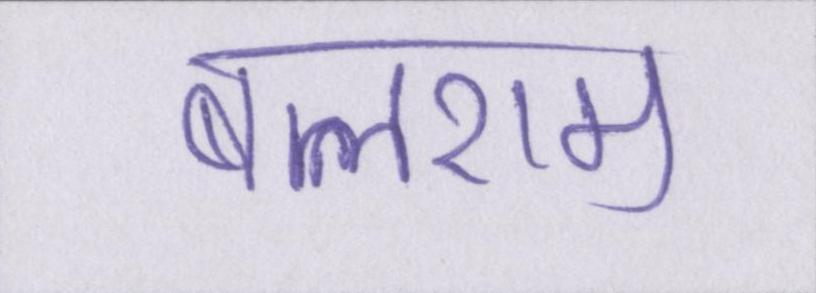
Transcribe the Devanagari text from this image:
बलराम